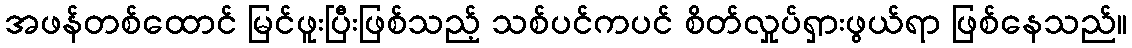
အဖန်တစ်ထောင် မြင်ဖူးပြီးဖြစ်သည့် သစ်ပင်ကပင် စိတ်လှုပ်ရှားဖွယ်ရာ ဖြစ်နေသည်။